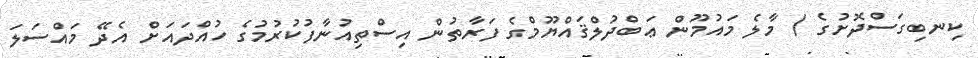
ކިނބިގަސްދޮށުގެ / މާލެ މައުމޫން ޢަބްދުލްޤައްޔޫމްގެ ފަރާތުން އިސްތިއުނާފުކުރުމުގެ ހުއްދައަށް އެދޭ މައްސަލަ